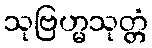
သုဗြဟ္မသုတ္တံ